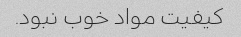
کیفیت مواد خوب نبود.